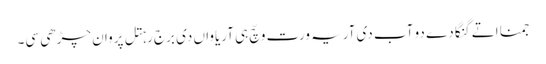
جمنا اتے گنگا دے دو آب دی آریہ ورت وچّ ہی آریاواں دی برج رہتل پروان چڑھی سی۔